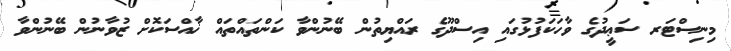
މިނިސްޓަރ ސަޢީދުގެ ވާހަކަފުޅުގައި އިސްދޫގެ ރައްޔިތުން ބޭނުންވާ ކަންތައްތައް ޚާއްސަކޮށް ޒުވާނުން ބޭނުންވާ